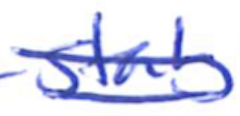
Text: stab
Cross-out: double-line
Writing tool: ballpoint